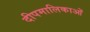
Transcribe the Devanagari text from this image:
दीपमालिकाओं